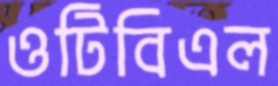
ওটিবিএল